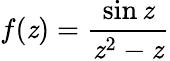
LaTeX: f(\mathit{z})={\frac{{\sin\mathit{z}}}{{\mathit{z}^{2}-\mathit{z}}}}